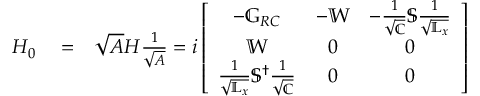
\begin{array} { r l r } { H _ { 0 } } & { { } = } & { \sqrt { A } H \frac { 1 } { \sqrt { A } } = i \left[ \begin{array} { c c c } { - \mathbb { G } _ { R C } } & { - \mathbb { W } } & { - \frac { 1 } { \sqrt { \mathbb { C } } } \mathbb { S } \frac { 1 } { \sqrt { \mathbb { L } _ { x } } } } \\ { \mathbb { W } } & { 0 } & { 0 } \\ { \frac { 1 } { \sqrt { \mathbb { L } _ { x } } } \mathbb { S } ^ { \dagger } \frac { 1 } { \sqrt { \mathbb { C } } } } & { 0 } & { 0 } \end{array} \right] } \end{array}